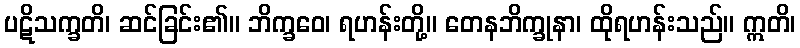
ပဋိသက္ခတိ၊ ဆင်ခြင်း၏။ ဘိက္ခဝေ၊ ရဟန်းတို့။ တေနဘိက္ခုနာ၊ ထိုရဟန်းသည်။ ဣတိ၊